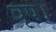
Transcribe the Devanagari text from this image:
वृष।